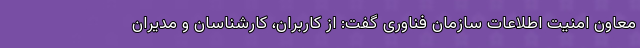
معاون امنیت اطلاعات سازمان فناوری گفت: از کاربران، کارشناسان و مدیران